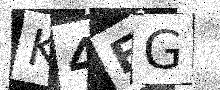
Text: K4EG